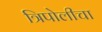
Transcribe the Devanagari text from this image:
त्रिपोलीचा